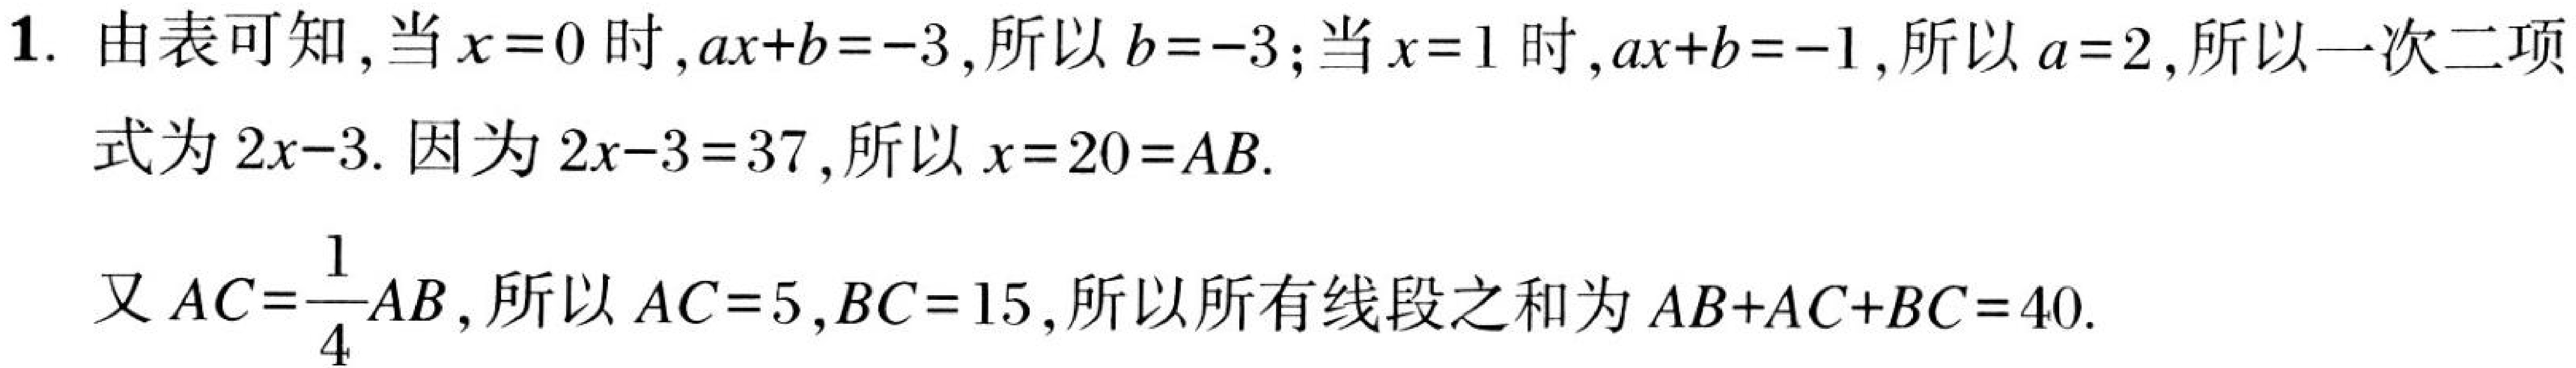
1. 由表可知, 当$x = 0$时,$ax + b=-3$, 所以$b =-3$; 当$x = 1$时,$ax + b=-1$, 所以$a = 2$, 所以一次二项
式为$2x - 3$. 因为$2x - 3 = 37$, 所以$x = 20=AB$.
又$AC=\dfrac{1}{4}AB$, 所以$AC = 5$,$BC = 15$, 所以所有线段之和为$AB + AC+BC = 40$.